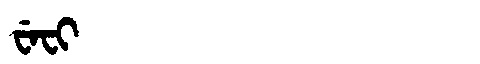
Manchu: ᠸᡝᠸᡳ
Romanization: WEFI